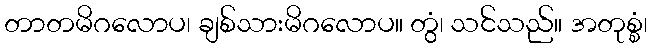
တာတမိဂလောပ၊ ချစ်သားမိဂလောပ။ တွံ၊ သင်သည်။ အတုစ္စံ၊